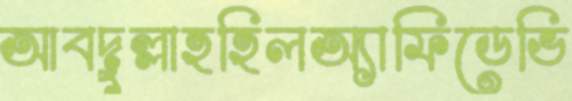
আবদুল্লাহহিলঅ্যাফিডেভি